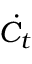
\dot { C } _ { t }